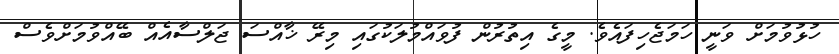
ހުޅުވުމަށް ވަނީ ހަމަޖެހިފައެވެ. މީގެ އިތުރުން ފުވައްމުލަކުގައި މިރޭ ޚާއްސަ ޖަލްސާއެއް ބޭއްވުމަށްވެސް